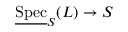
{ \underline { { \mathrm { S p e c } } } } _ { S } ( L ) \to S